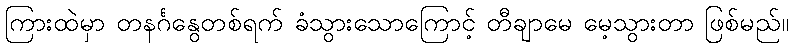
ကြားထဲမှာ တနင်္ဂနွေတစ်ရက် ခံသွားသောကြောင့် တီချာမေ မေ့သွားတာ ဖြစ်မည်။